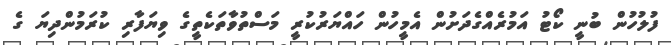
ފުލުހުން ބުނީ ކޯޓު އަމުރެއްގެދަށުން އެމީހުން ހައްޔަރުކުރީ މަސްތުވާތަކެތީގެ ވިޔަފާރި ކުރަމުންދިޔަ ގެ